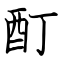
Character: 酊